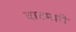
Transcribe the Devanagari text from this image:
वाटमारी